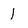
Character: 1